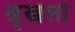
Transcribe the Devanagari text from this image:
श्रृंखलों